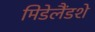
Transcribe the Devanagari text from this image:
मिडेलैंडशे